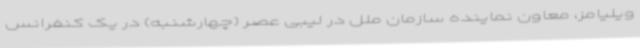
ویلیامز، معاون نماینده سازمان ملل در لیبی عصر (چهارشنبه) در یک کنفرانس